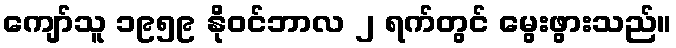
ကျော်သူ ၁၉၅၉ နိုဝင်ဘာလ ၂ ရက်တွင် မွေးဖွားသည်။